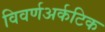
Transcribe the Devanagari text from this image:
विवर्णअर्कटिक